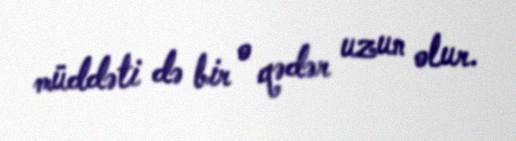
müddəti də bir o qədər uzun olur.